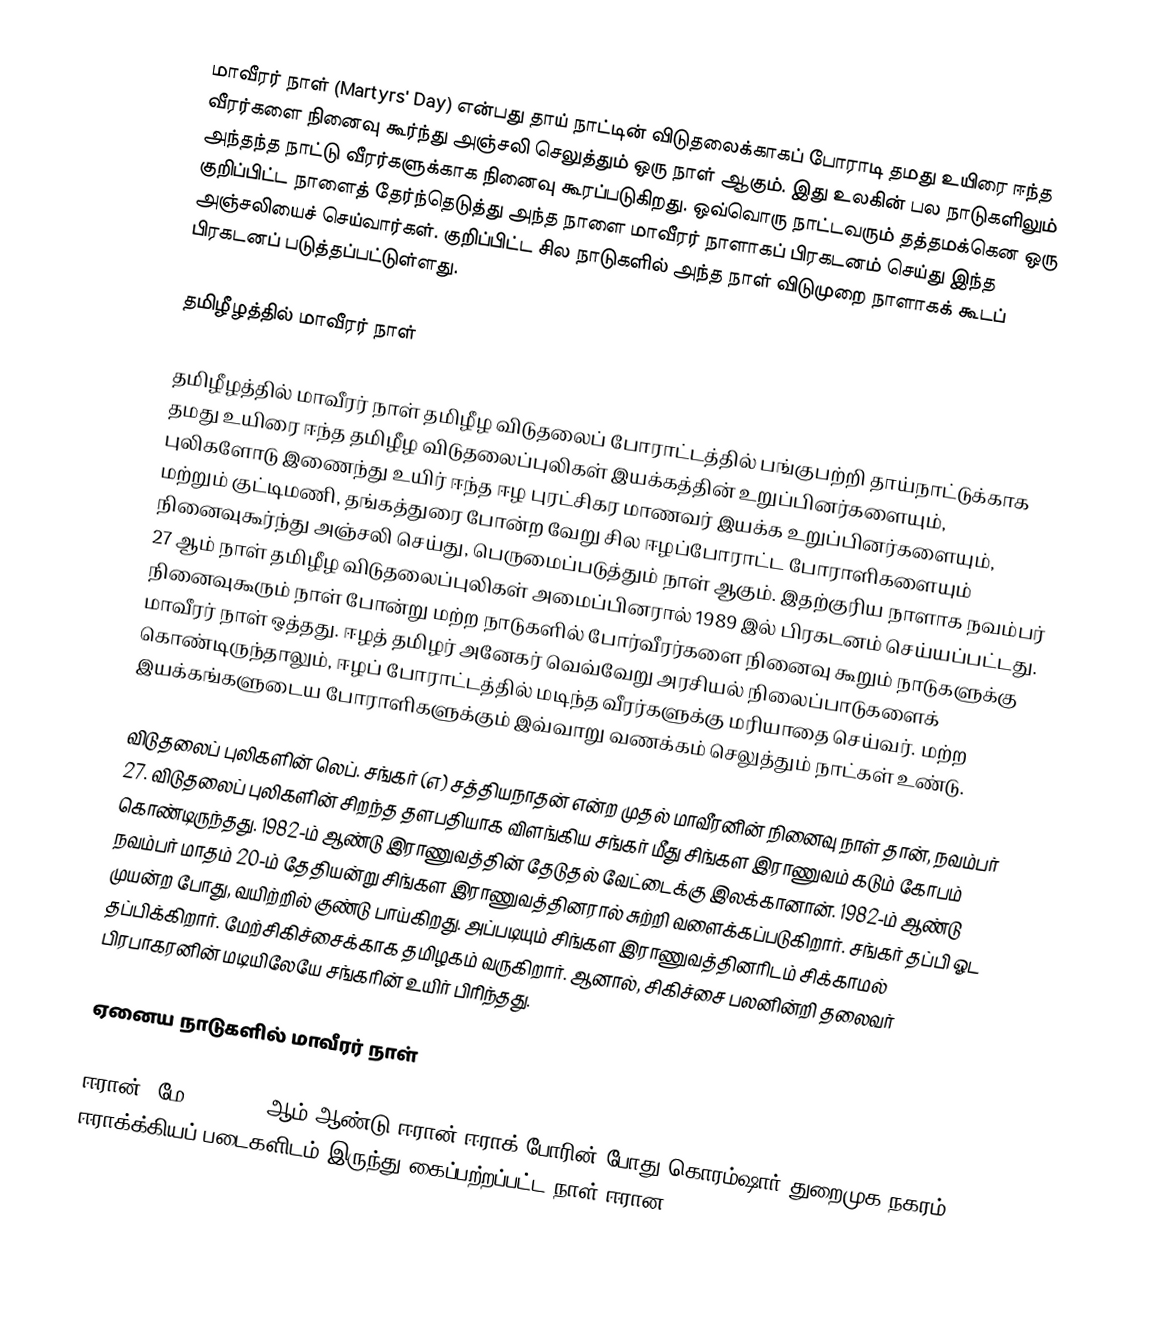
மாவீரர் நாள் (Martyrs' Day) என்பது தாய் நாட்டின் விடுதலைக்காகப் போராடி தமது உயிரை ஈந்த வீரர்களை நினைவு கூர்ந்து அஞ்சலி செலுத்தும் ஒரு நாள் ஆகும். இது உலகின் பல நாடுகளிலும் அந்தந்த நாட்டு வீரர்களுக்காக நினைவு கூரப்படுகிறது. ஒவ்வொரு நாட்டவரும் தத்தமக்கென ஒரு குறிப்பிட்ட நாளைத் தேர்ந்தெடுத்து அந்த நாளை மாவீரர் நாளாகப் பிரகடனம் செய்து இந்த அஞ்சலியைச் செய்வார்கள். குறிப்பிட்ட சில நாடுகளில் அந்த நாள் விடுமுறை நாளாகக் கூடப் பிரகடனப் படுத்தப்பட்டுள்ளது.

தமிழீழத்தில் மாவீரர் நாள்

தமிழீழத்தில் மாவீரர் நாள் தமிழீழ விடுதலைப் போராட்டத்தில் பங்குபற்றி தாய்நாட்டுக்காக தமது உயிரை ஈந்த தமிழீழ விடுதலைப்புலிகள் இயக்கத்தின் உறுப்பினர்களையும், புலிகளோடு இணைந்து உயிர் ஈந்த ஈழ புரட்சிகர மாணவர் இயக்க உறுப்பினர்களையும், மற்றும் குட்டிமணி, தங்கத்துரை போன்ற வேறு சில ஈழப்போராட்ட போராளிகளையும் நினைவுகூர்ந்து அஞ்சலி செய்து, பெருமைப்படுத்தும் நாள் ஆகும். இதற்குரிய நாளாக நவம்பர் 27 ஆம் நாள் தமிழீழ விடுதலைப்புலிகள் அமைப்பினரால் 1989 இல் பிரகடனம் செய்யப்பட்டது. நினைவுகூரும் நாள் போன்று மற்ற நாடுகளில் போர்வீரர்களை நினைவு கூறும் நாடுகளுக்கு மாவீரர் நாள் ஒத்தது. ஈழத் தமிழர் அனேகர் வெவ்வேறு அரசியல் நிலைப்பாடுகளைக் கொண்டிருந்தாலும், ஈழப் போராட்டத்தில் மடிந்த வீரர்களுக்கு மரியாதை செய்வர். மற்ற இயக்கங்களுடைய போராளிகளுக்கும் இவ்வாறு வணக்கம் செலுத்தும் நாட்கள் உண்டு.

விடுதலைப் புலிகளின் லெப். சங்கர் (எ) சத்தியநாதன் என்ற முதல் மாவீரனின் நினைவு நாள் தான், நவம்பர் 27. விடுதலைப் புலிகளின் சிறந்த தளபதியாக விளங்கிய சங்கர் மீது சிங்கள இராணுவம் கடும் கோபம் கொண்டிருந்தது. 1982-ம் ஆண்டு இராணுவத்தின் தேடுதல் வேட்டைக்கு இலக்கானான். 1982-ம் ஆண்டு நவம்பர் மாதம் 20-ம் தேதியன்று சிங்கள இராணுவத்தினரால் சுற்றி வளைக்கப்படுகிறார். சங்கர் தப்பி ஓட முயன்ற போது, வயிற்றில் குண்டு பாய்கிறது. அப்படியும் சிங்கள இராணுவத்தினரிடம் சிக்காமல் தப்பிக்கிறார். மேற்சிகிச்சைக்காக  தமிழகம் வருகிறார். ஆனால்,  சிகிச்சை பலனின்றி தலைவர் பிரபாகரனின் மடியிலேயே சங்கரின் உயிர் பிரிந்தது.

ஏனைய நாடுகளில் மாவீரர் நாள்

 ஈரான்: மே 24, 1982 ஆம் ஆண்டு ஈரான்-ஈராக் போரின் போது கொரம்ஷார் துறைமுக நகரம் ஈராக்க்கியப் படைகளிடம் இருந்து கைப்பற்றப்பட்ட நாள் ஈரான